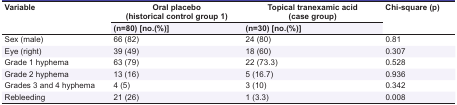
| <ROWSPAN=2> Variable | Oral placebo(historical control group 1) | Topical tranexamic acid(case group) | <ROWSPAN=2> Chi-square (p) |
 | (n=80) [no.(%)] | (n=30) [no.(%)] |
 | --- | --- | --- | --- |
 | Sex (male) | 66 (82) | 24 (80) | 0.81 |
 | Eye (right) | 39 (49) | 18 (60) | 0.307 |
 | Grade 1 hyphema | 63 (79) | 22 (73.3) | 0.528 |
 | Grade 2 hyphema | 13 (16) | 5 (16.7) | 0.936 |
 | Grades 3 and 4 hyphema | 4 (5) | 3 (10) | 0.342 |
 | Rebleeding | 21 (26) | 1 (3.3) | 0.008 |